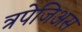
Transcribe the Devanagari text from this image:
त्रपेजिअस